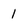
Character: 1